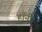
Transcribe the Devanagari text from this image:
हॉनी